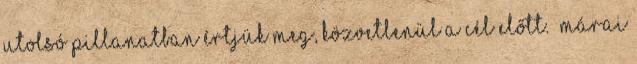
utolsó pillanatban értjük meg, közvetlenül a cél előtt.” Márai